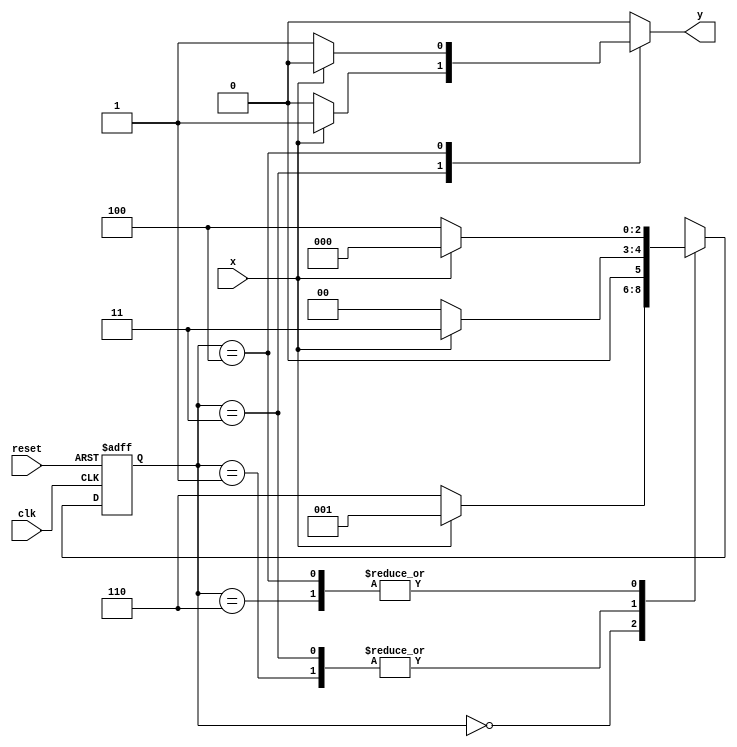
// ---------------------
// Guia 10_04 - Maquina de Estados Finitos
// Nome: Bruno Cezar Andrade Viallet
// ---------------------

//----------------------------
// constant definitions
//----------------------------
`define found    1
`define notfound 0

//----------------------------
//-- Module Maquina
//----------------------------
module Maquina101_010( y, x, clk, reset );

	output y;
	input  x;
	input  clk;
	input  reset;

	reg    y;

	parameter         // state identifiers 
		start  = 3'b000,
		id1    = 3'b001,
		id10   = 3'b011,
		id0    = 3'b110,
		id01   = 3'b100;

	reg [2:0] E1;	// current state variables
	reg [2:0] E2;	// next state logic output

	// next state logic
   always @( x or E1 )
		begin
		y = `notfound;

		case ( E1 )
			start:
				if ( x )
					E2 = id1;
				else
					E2 = id0;
				
			id1:
				if ( x )
					E2 = id10;
				else
					E2 = start;

			id10:
				if ( x )
				begin
					E2 =  id10;
					y  = `found;
				end
				else
				begin
					E2 =  start;
					y  = `notfound;
				end
			
			id0:
				if ( x )
					E2 = start;
				else
					E2 = id01;

			id01:
				if ( x )
				begin
					E2 =  start;
					y  = `notfound;
				end
				else
				begin
					E2 =  id01;
					y  = `found;
				end
	 
			default:   // undefined state
				E2 =  3'bxxx;
		endcase
	  
		end // always at signal or state changing
		

	// state variables
		always @( posedge clk or negedge reset )
		begin
			if ( reset )
				E1 = E2;    // updates current state
			else
				E1 = 0;     // reset
		end // always at signal changing

endmodule //Maquina101_010

module Exe05;
	
	reg   clk, reset, x;
	wire  m1;

	Maquina101_010 M5 ( m1, x, clk, reset );

	initial
	begin
		$display("Guia 10_05 - Bruno Cezar Andrade Viallet - 396679");
		$display("\nTempo\tX      Sequencia 101 e 010" );

	// initial values
       clk   = 1;
       reset = 0;
       x     = 0;

	// input signal changing
		#10   reset = 1;
		#10  x = 1;
		#10  x = 0;
		#10  x = 0;
		#10  x = 1;
		#10  x = 0;
		#10  x = 1;
		#10  x = 1;
		#10  x = 1;
		#10  x = 1;
		#10  x = 0;
		#10  x = 1;
		#10  x = 1;
		#10  x = 1;
		#10  x = 0;
		#10  x = 1;
		#10  x = 0;
		#10  x = 0;
		#10  x = 0;
		
		#5 $finish;
	
	end // initial

	always
		#5 clk = ~clk;

	always @( posedge clk )
	begin
		$display ( "%4d \t%b\t\t%b", $time, x, m1);
	end // always at positive edge clocking changing

endmodule